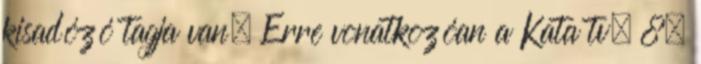
kisadózó tagja van. Erre vonatkozóan a Kata tv. 8.